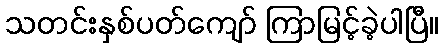
သတင်းနှစ်ပတ်ကျော် ကြာမြင့်ခဲ့ပါပြီ။